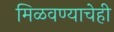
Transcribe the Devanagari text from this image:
मिळवण्याचेही